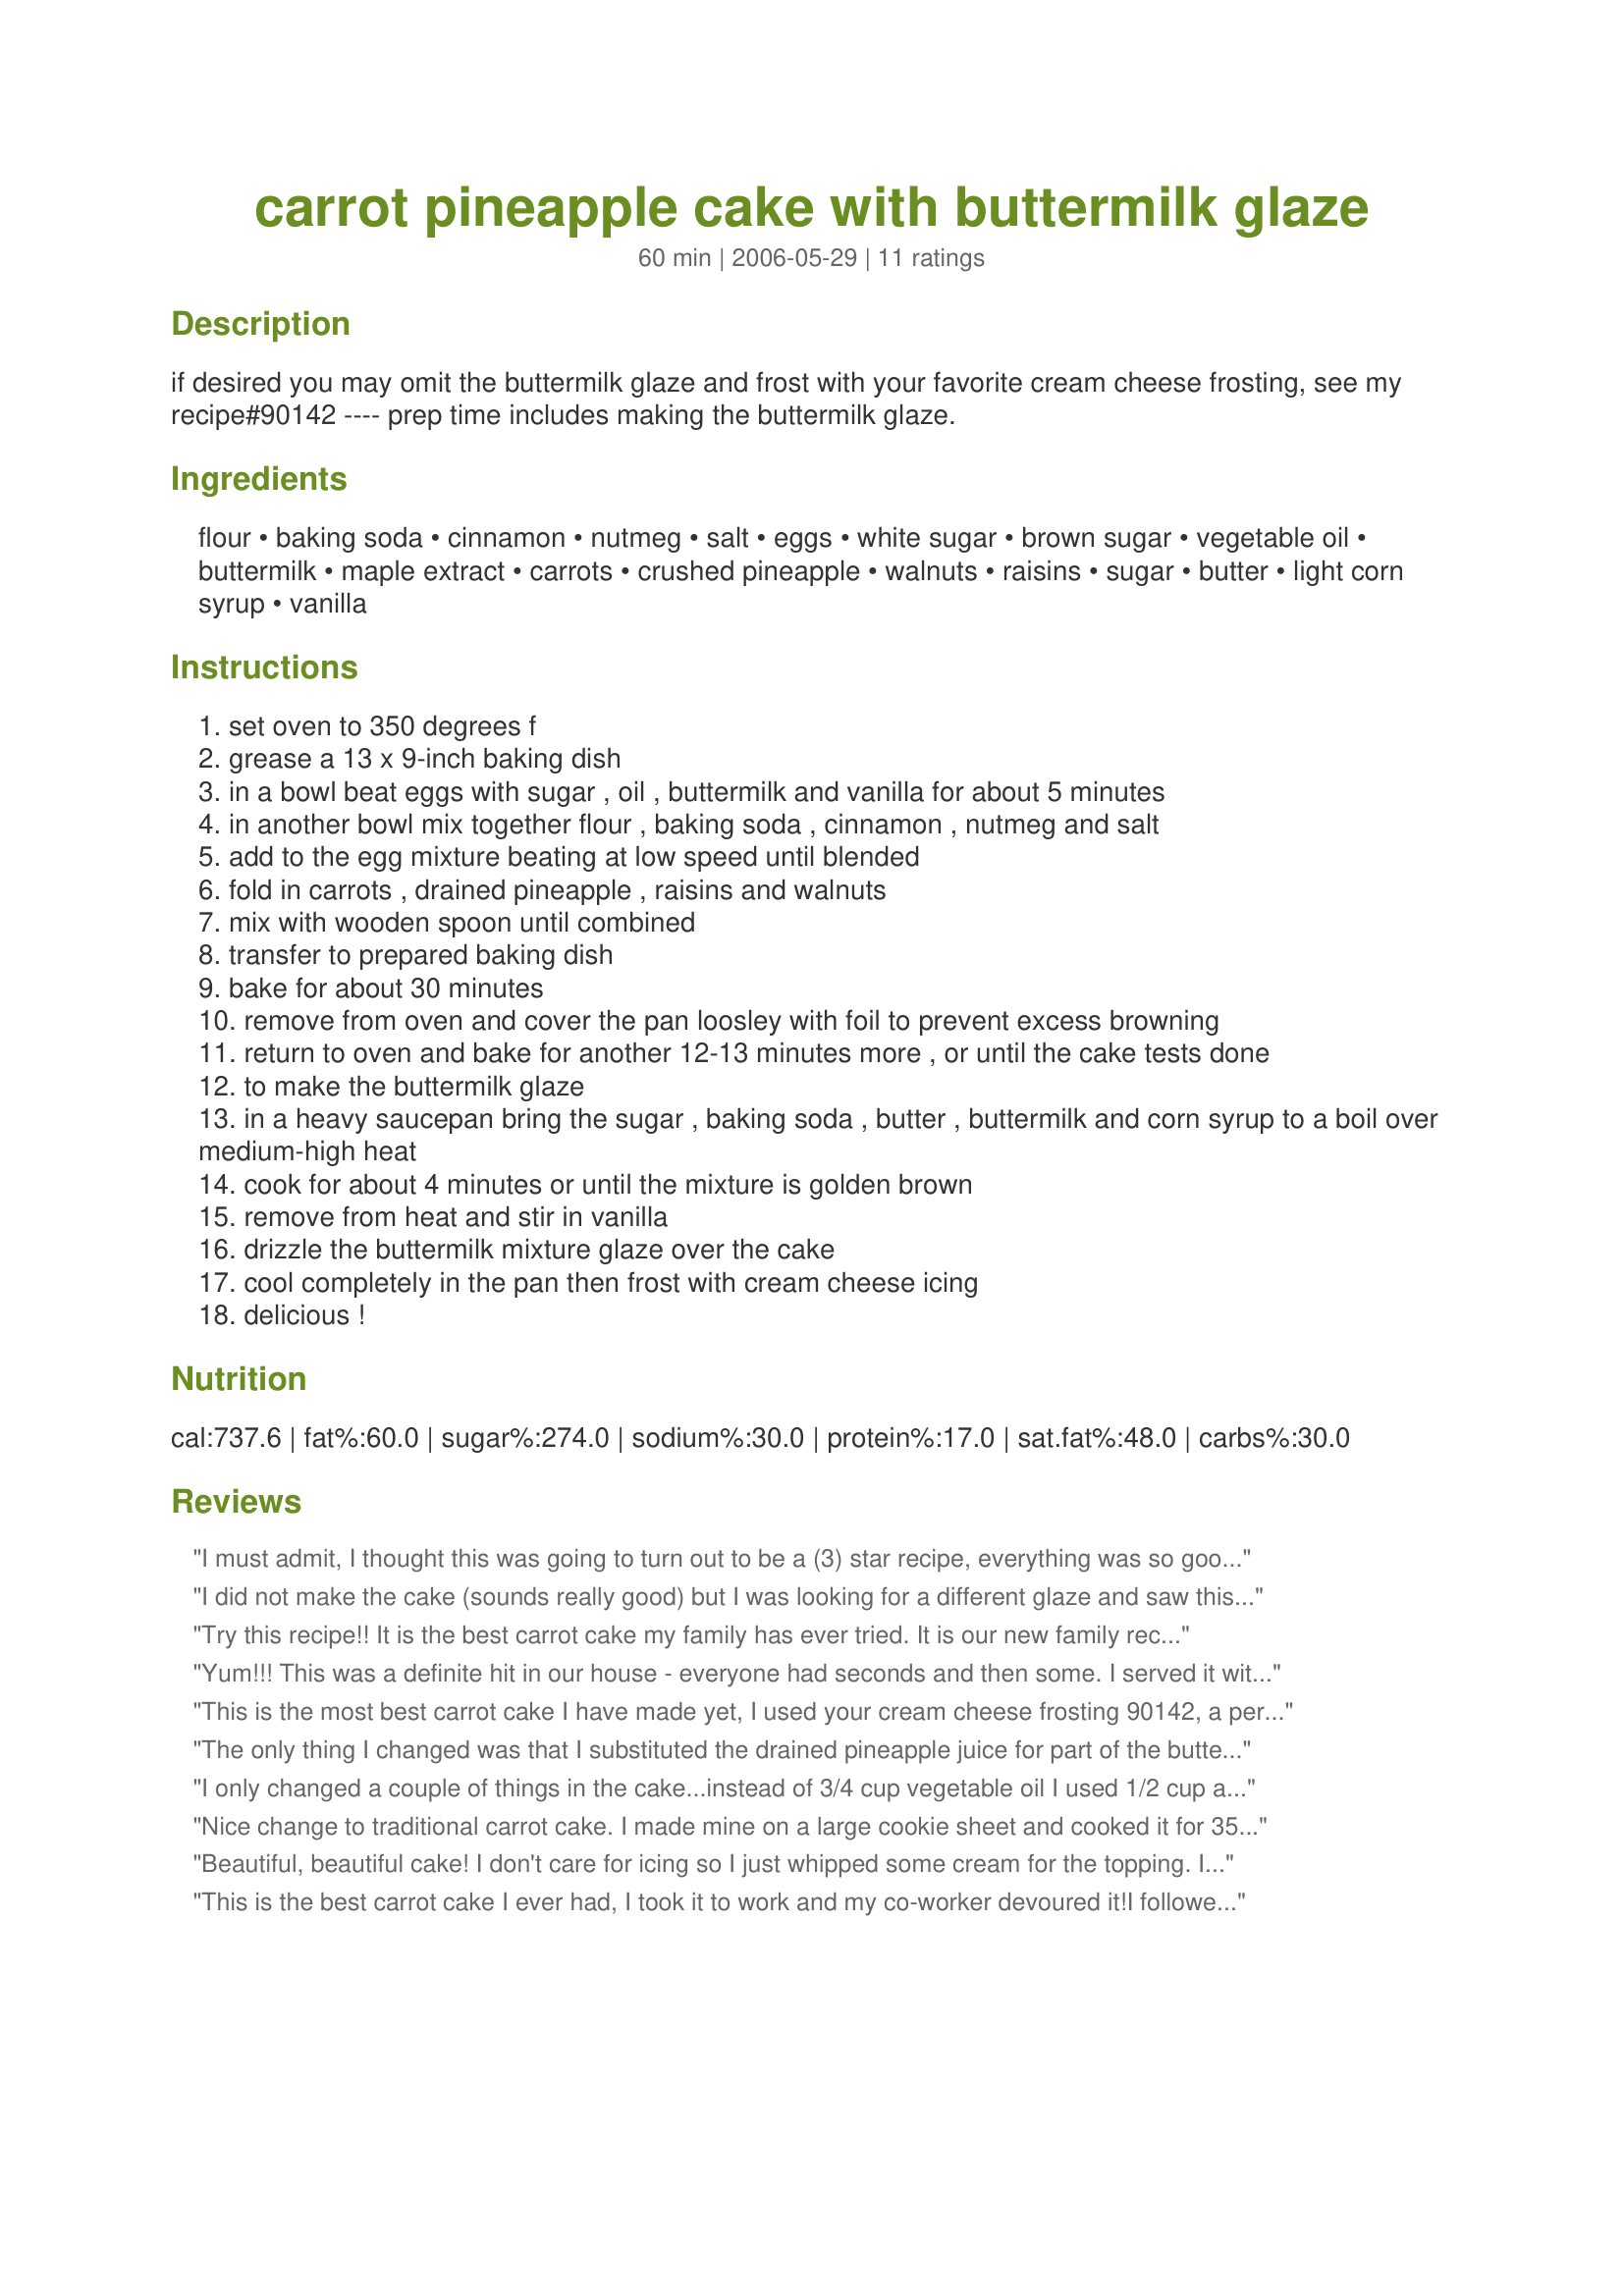
carrot pineapple cake with buttermilk glaze
Preparation time: 60 minutes

if desired you may omit the buttermilk glaze and frost with your favorite cream cheese frosting, see my recipe#90142 ---- prep time includes making the buttermilk glaze.

Ingredients:
flour, baking soda, cinnamon, nutmeg, salt, eggs, white sugar, brown sugar, vegetable oil, buttermilk, maple extract, carrots, crushed pineapple, walnuts, raisins, sugar, butter, light corn syrup, vanilla

Steps:
set oven to 350 degrees f
grease a 13 x 9-inch baking dish
in a bowl beat eggs with sugar , oil , buttermilk and vanilla for about 5 minutes
in another bowl mix together flour , baking soda , cinnamon , nutmeg and salt
add to the egg mixture beating at low speed until blended
fold in carrots , drained pineapple , raisins and walnuts
mix with wooden spoon until combined
transfer to prepared baking dish
bake for about 30 minutes
remove from oven and cover the pan loosley with foil to prevent excess browning
return to oven and bake for another 12-13 minutes more , or until the cake tests done
to make the buttermilk glaze
in a heavy saucepan bring the sugar , baking soda , butter , buttermilk and corn syrup to a boil over medium-high heat
cook for about 4 minutes or until the mixture is golden brown
remove from heat and stir in vanilla
drizzle the buttermilk mixture glaze over the cake
cool completely in the pan then frost with cream cheese icing
delicious !

Reviews:
I must admit, I thought this was going to turn out to be a (3) star recipe, everything was so good by itself, but when put together, I found it was all just too sweet! I didn't think we'd be able to eat anymore of it! But, I found that the secret is letting it sit over night. The glaze is sooo good, it tastes like melted butterscotch candies. I only poured half of the glaze over the cake, because I was afraid that using all of it would make the cake too soggy. The other half went nicely over some vanilla ice cream . I also forgot to add the pineapple to the cake, so I used it in the frosting instead ... yum! Kittencal, how could I ever have doubted you? Everyone loved it! Loved it! Loved it!! LOVED IT!!!
I did not make the cake (sounds really good) but I was looking for a different glaze and saw this one. DELICIOUS! I made a from scratch yellow butter bundt cake and wanted to do something different for a glaze or frosting other than chocolate. I tell you what, this glaze would be SUPER as an ice cream butterscotch topping! Love it! Next time I will try the cake with the glaze! Thank you very much :)
Try this recipe!! It is the best carrot cake my family has ever tried. It is our new family recipe...it has replaced our great grandmothers. Make sure you use the maple flavor. We do not use the glaze, but we do use the creamy cream cheese frosting...also great.
Yum!!!
This was a definite hit in our house - everyone had seconds and then some. I served it with just the glaze and it was perfect. Thanks for sharing another outstanding recipe Kittencal!
This is the most best carrot cake I have made yet, I used your cream cheese frosting 90142, a perfect combination, this cake was gone in no time, it is very good, another great recipe, thank you Kit.
The only thing I changed was that I substituted the drained pineapple juice for part of the buttermilk. Delicious and moist, a wonderful texture. Topped with the recommended cream cheese frosting (another winner). Thanks, Kittencal! I'm having fun perusing your website. Goodness!!
I only changed a couple of things in the cake...instead of 3/4 cup vegetable oil I used 1/2 cup applesauce and 1/4 cup oil. I didn't use buttermilk, but used the old buttermilk substitute of 1 T vinegar to a cup of milk in both the cake and the glaze. I also put only 1 cup nuts (pecans), 1/2 c raisins, and threw in 1/2 c shredded coconut. Delicious!
Nice change to traditional carrot cake. I made mine on a large cookie sheet and cooked it for 35 minutes and didn't have to tent it with foil. This makes it great for buffets and it worked like a dream!!! YUM.
Beautiful, beautiful cake! I don't care for icing so I just whipped some cream for the topping. It was delicious.
This is the best carrot cake I ever had, I took it to work and my co-worker devoured it!I followed the recipe to the "T" and used
 the cream cheese frosting #90142.Thank you Kittencal for a great recipe|!
This is a GREAT cake! Super moist and very tasty!
